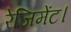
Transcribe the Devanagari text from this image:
रेजिमेंट।